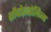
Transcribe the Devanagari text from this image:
थ्रोंबोइंबोलिज्म